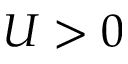
U > 0